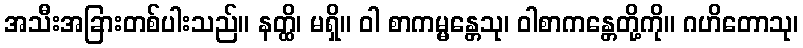
အသီးအခြားတစ်ပါးသည်။ နတ္ထိ၊ မရှိ။ ဝါ စာကမ္မန္တေသု၊ ဝါစာကန္တေတို့ကို။ ဂဟိတောသု၊